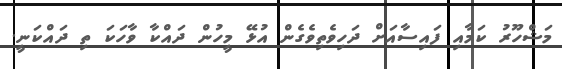
މަޝްހޫރު ކަމާއި ފައިސާއަށް ދަހިވެތިވެގެން އުޅޭ މީހުން ދައްކާ ވާހަކަ ތި ދައްކަނީ.